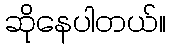
ဆိုနေပါတယ်။